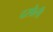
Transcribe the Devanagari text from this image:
दसौली